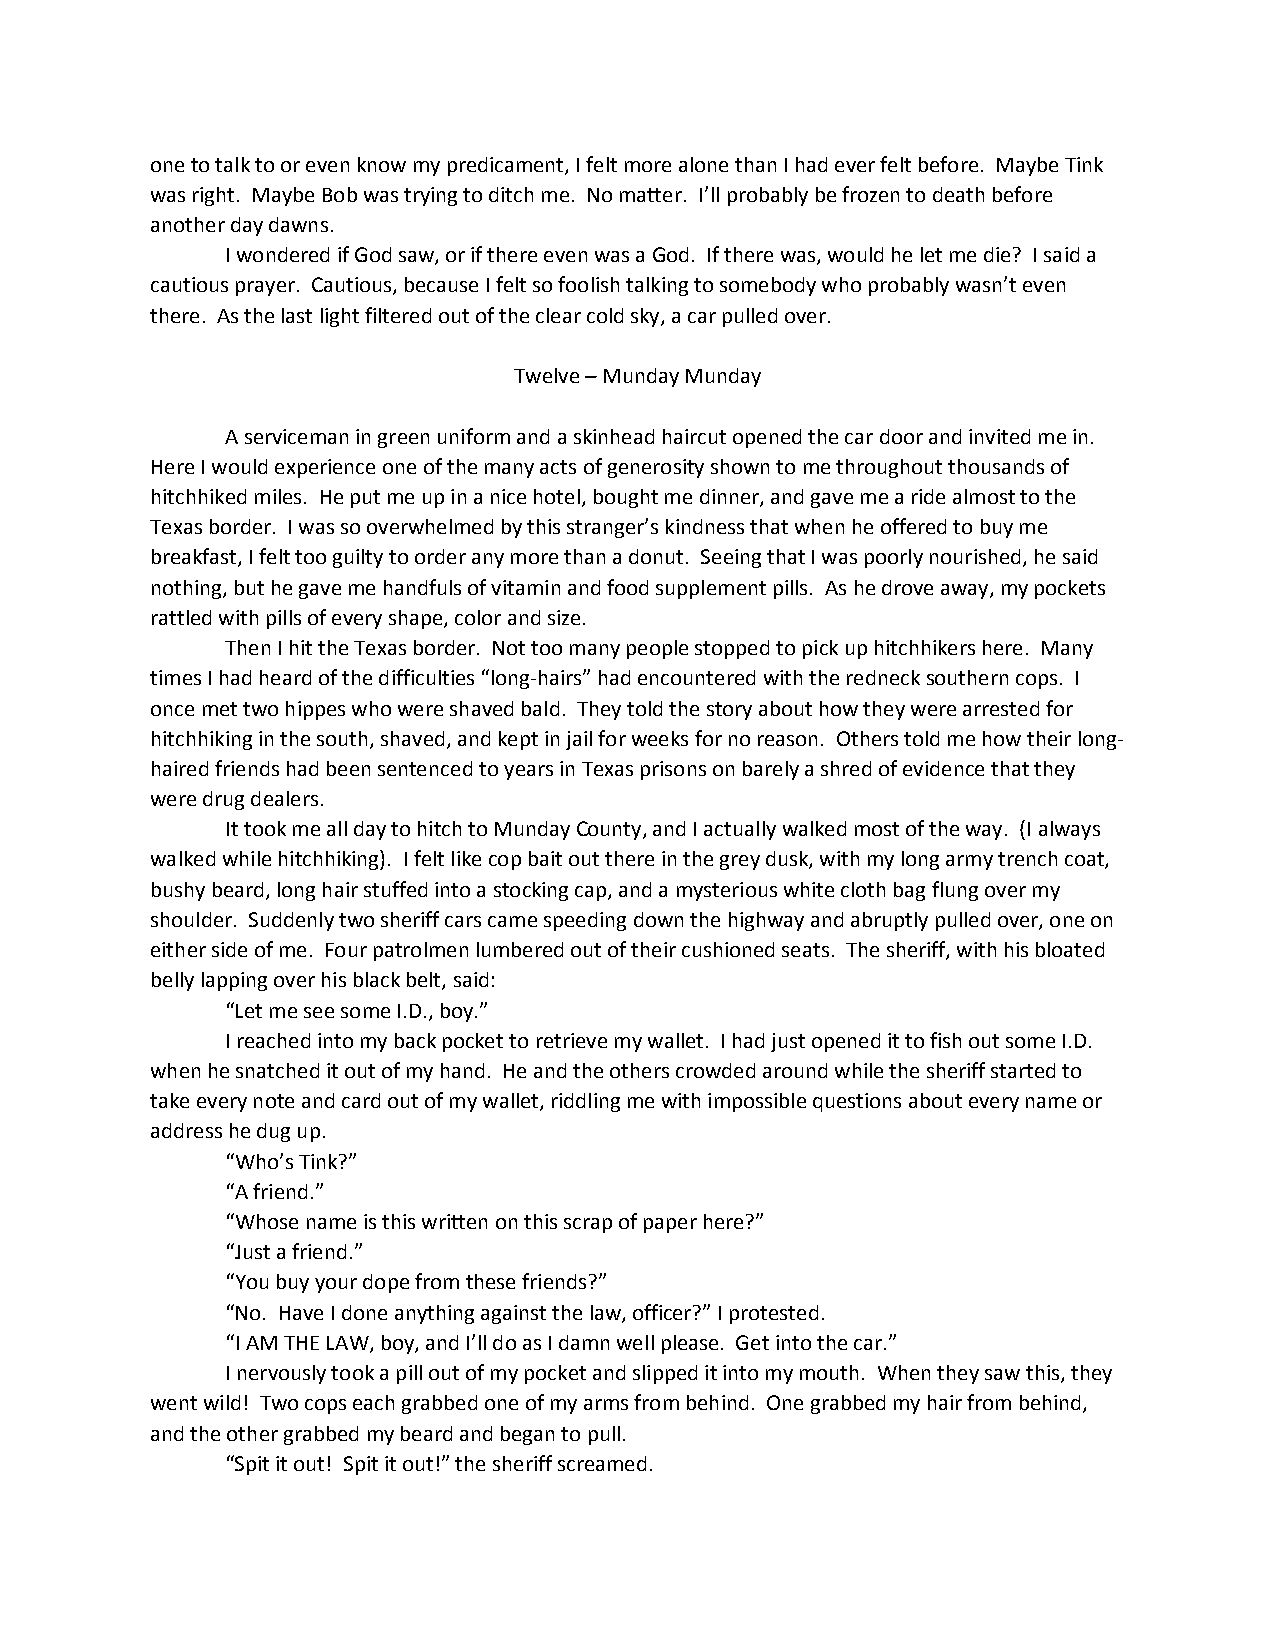
one to talk to or even know my predicament, I felt more alone than I had ever felt before. Maybe Tink
 was right. Maybe Bob was trying to ditch me. No matter. I’ll probably be frozen to death before
 another day dawns.
 I wondered if God saw, or if there even was a God. If there was, would he let me die? I said a
 cautious prayer. Cautious, because I felt so foolish talking to somebody who probably wasn’t even
 there. As the last light filtered out of the clear cold sky, a car pulled over.
 Twelve – Munday Munday
 A serviceman in green uniform and a skinhead haircut opened the car door and invited me in.
 Here I would experience one of the many acts of generosity shown to me throughout thousands of
 hitchhiked miles. He put me up in a nice hotel, bought me dinner, and gave me a ride almost to the
 Texas border. I was so overwhelmed by this stranger’s kindness that when he offered to buy me
 breakfast, I felt too guilty to order any more than a donut. Seeing that I was poorly nourished, he said
 nothing, but he gave me handfuls of vitamin and food supplement pills. As he drove away, my pockets
 rattled with pills of every shape, color and size.
 Then I hit the Texas border. Not too many people stopped to pick up hitchhikers here. Many
 times I had heard of the difficulties “long-hairs” had encountered with the redneck southern cops. I
 once met two hippes who were shaved bald. They told the story about how they were arrested for
 hitchhiking in the south, shaved, and kept in jail for weeks for no reason. Others told me how their long-
 haired friends had been sentenced to years in Texas prisons on barely a shred of evidence that they
 were drug dealers.
 It took me all day to hitch to Munday County, and I actually walked most of the way. (I always
 walked while hitchhiking). I felt like cop bait out there in the grey dusk, with my long army trench coat,
 bushy beard, long hair stuffed into a stocking cap, and a mysterious white cloth bag flung over my
 shoulder. Suddenly two sheriff cars came speeding down the highway and abruptly pulled over, one on
 either side of me. Four patrolmen lumbered out of their cushioned seats. The sheriff, with his bloated
 belly lapping over his black belt, said:
 “Let me see some I.D., boy.”
 I reached into my back pocket to retrieve my wallet. I had just opened it to fish out some I.D.
 when he snatched it out of my hand. He and the others crowded around while the sheriff started to
 take every note and card out of my wallet, riddling me with impossible questions about every name or
 address he dug up.
 “Who’s Tink?”
 “A friend.”
 “Whose name is this written on this scrap of paper here?”
 “Just a friend.”
 “You buy your dope from these friends?”
 “No. Have I done anything against the law, officer?” I protested.
 “I AM THE LAW, boy, and I’ll do as I damn well please. Get into the car.”
 I nervously took a pill out of my pocket and slipped it into my mouth. When they saw this, they
 went wild! Two cops each grabbed one of my arms from behind. One grabbed my hair from behind,
 and the other grabbed my beard and began to pull.
 “Spit it out! Spit it out!” the sheriff screamed.